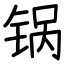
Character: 锅